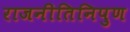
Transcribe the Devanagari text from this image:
राजनीतिनिपुण